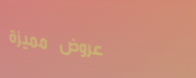
عروض مميزة